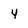
Character: 4